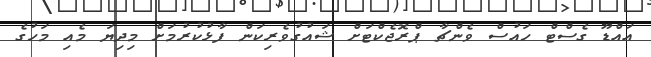
އައްޑޫ ގެސްޓް ހައުސް ވެންޗާ ޕްރޮޖެކްޓަށް ޝައުގުވެރިކަން ފާޅުކުރުމަށް މިދިޔަ މެއި މަހުގެ